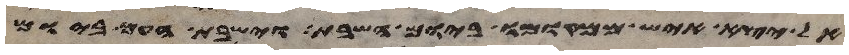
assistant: אל יצא איש ממקומו ביום השבת וישבת העם ביום